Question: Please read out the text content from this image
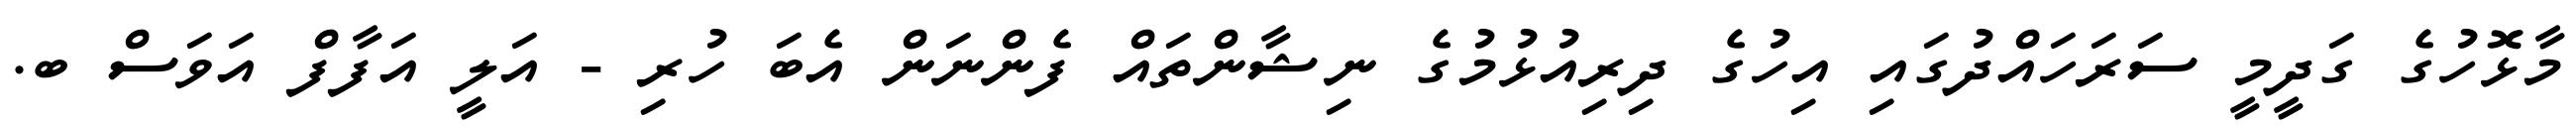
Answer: މާޅޮހުގެ ގަދީމީ ސަރަހައްދުގައި އިހުގެ ދިރިއުޅުމުގެ ނިޝާންތައް ފެންނަން އެބަ ހުރި - އަލީ އަފާފް އަވަސް ބ.